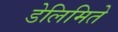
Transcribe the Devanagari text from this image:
डेलिमिते